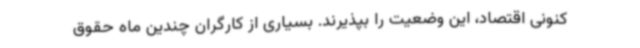
کنونی اقتصاد، این وضعیت را بپذیرند. بسیاری از کارگران چندین ماه حقوق